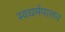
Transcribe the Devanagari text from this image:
स्वधर्मपालन